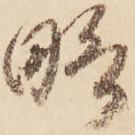
略